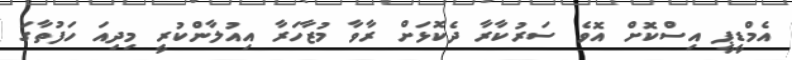
އެމްޑީޕީ އިސްކޮށް އޮވެ ސަރުކާރާ ދެކޮޅަށް ރާވާ މުޒާހަރާ އިއުލާންކުރީ މިދިއަ ހަފުތާގަ